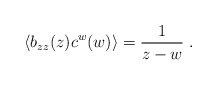
\begin{align*}\langle b_{zz}(z) c^w(w) \rangle = \frac{1}{z-w} \ .\end{align*}